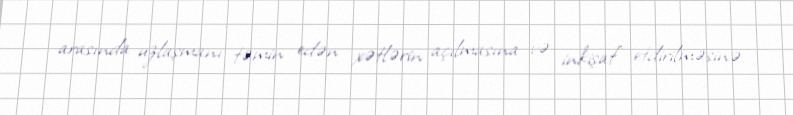
arasında uzlaşmanı təmin edən xətlərin açılmasına və inkişaf etdirilməsinə